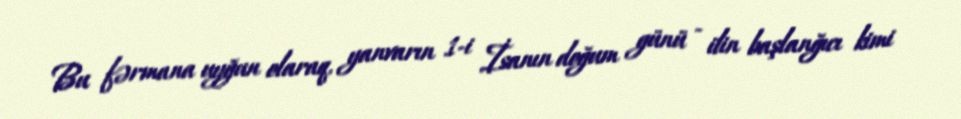
Bu fərmana uyğun olaraq, yanvarın 1-i İsanın doğum günü - ilin başlanğıcı kimi